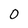
Character: O